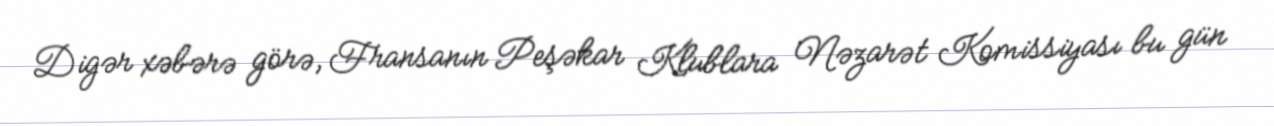
Digər xəbərə görə, Fransanın Peşəkar Klublara Nəzarət Komissiyası bu gün